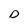
Character: D